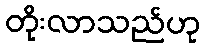
တိုးလာသည်ဟု